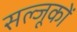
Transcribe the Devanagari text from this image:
सल्जूकों